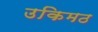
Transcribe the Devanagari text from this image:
उकिमठ